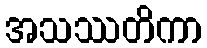
အသဿတိကာ